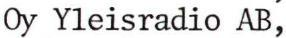
Oy Yleisradio AB,